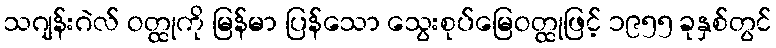
သဂျန်းဂဲလ် ဝတ္ထုကို မြန်မာ ပြန်သော သွေးစုပ်မြေဝတ္ထုဖြင့် ၁၉၅၅ ခုနှစ်တွင်